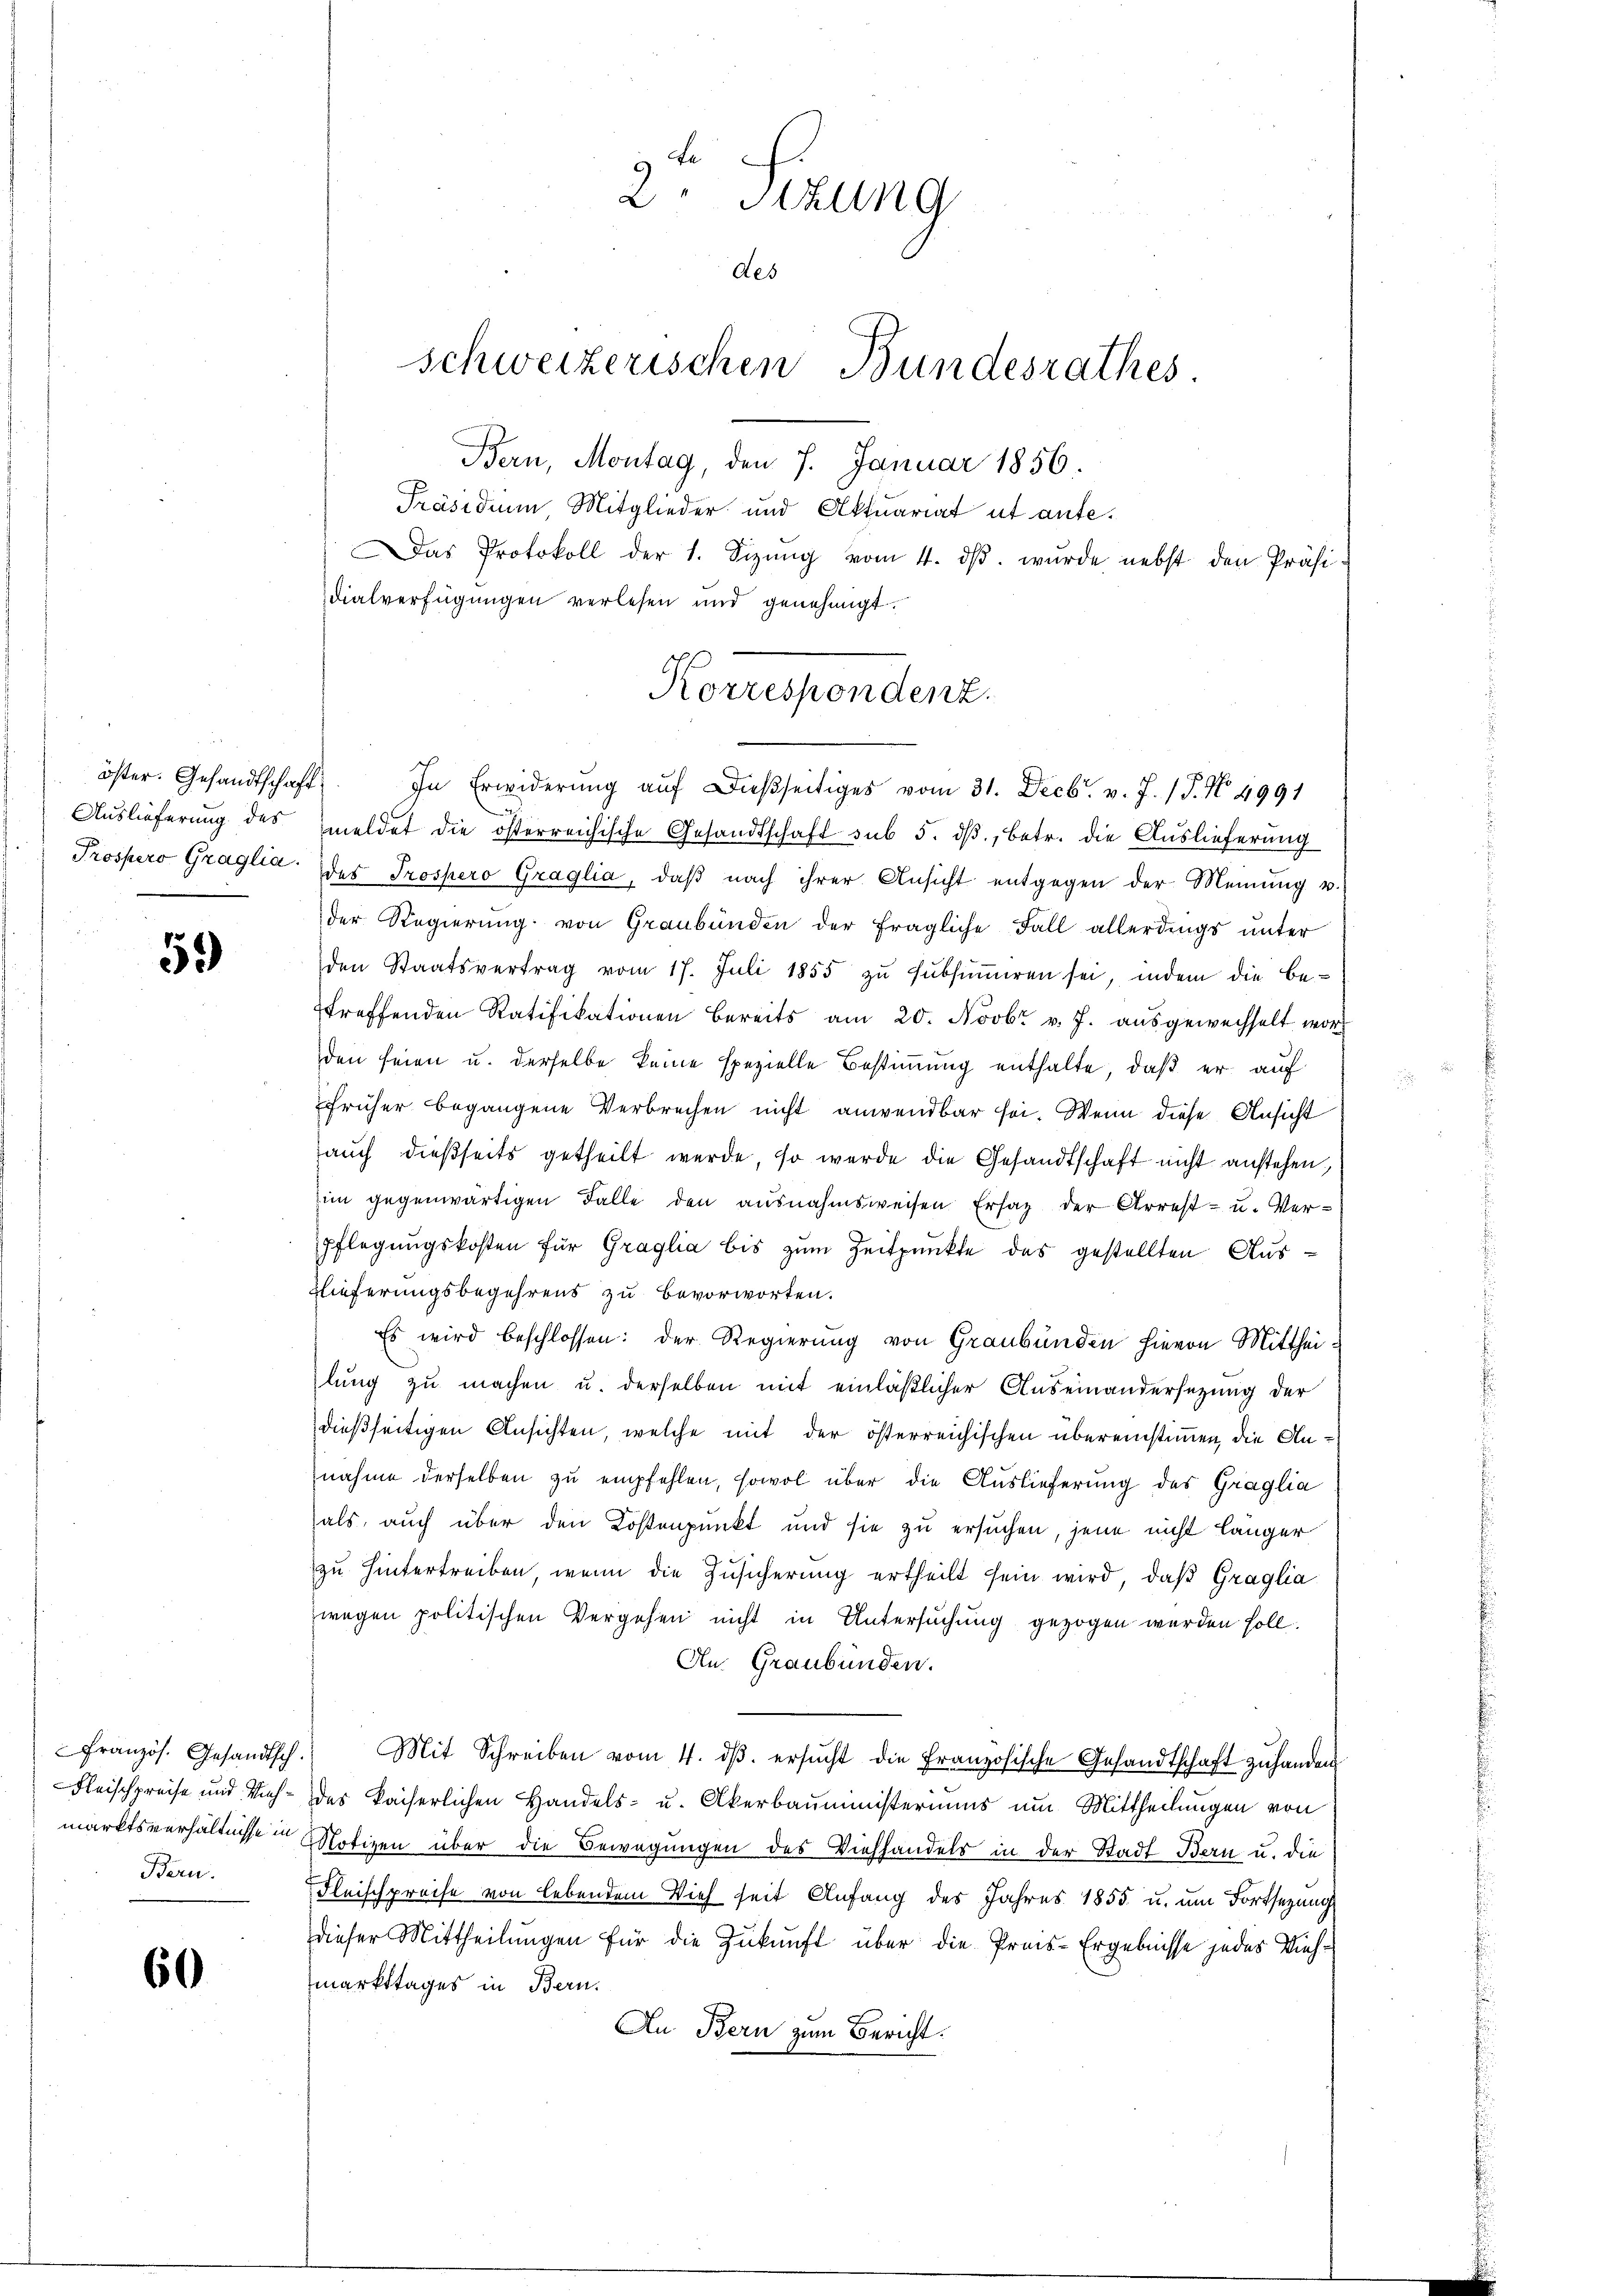
59

Bern.

60

Bern, Montag, den 7. Januar 1856.
Präsidium, Mitglieder und Aktuariat ut ante¬
Das Protokoll der 1. Sizŭng vom 4. dβ. wurde nebst den Präsi-
dialverfügungen verlesen und genehmigt.
Auslieferung des meldet die österreichische Gesandtschaft sub 5. dβ, betr. die Auslieferung
Prospero Graglia des Prospero Graglia, daβ nach ihrer Ansicht entgegen der Meinung v.
der Regierŭng von Graubünden der fragliche Fall allerdings unter
den Staatsvertrag vom 17. Juli 1855 zŭ sŭbsŭṁiren sei, indem die be-
treffenden Ratifikationen bereits am 20. Novbr v. J. aŭsgewechselt wor
den seien u. derselbe keine spezielle Bestimmung enthalte, daß er auf
früher begangene Verbrechen nicht anwendbar sei. Wenn diese Ansicht
auch dießseits getheilt werde, so werde die Gesandtschaft nicht anstehen,
im gegenwärtigen Falle den ausnahmsweisen Ersatz der Arrest- u. Ver-
pflegungskosten für Graglia bis zum Zeitpunkte des gestellten Aus¬
Elieferungsbegehrens zu Bevorworten.
Es wird beschlossen: der Regierung von Graubünden hievon Mittheilung zu machen u. derselben mit einläßlicher Auseinandersezung der
dießseitigen Ansichten, welche mit der österreichischen übereinstimmen, die Annahme derselben zu empfehlen, sowol über die Auslieferung des Graglia
als, auch über den Kostenpunkt und sie zu ersuchen, jene nicht länger
zu hintertreiben, wenn die Zusicherung ertheilt sein wird, daß Graglia
zwegen politischen Vergehen nicht in Untersuchung gezogen werden soll.
An Graubünden.
Französ. Gesandtsch. Mit Schreiben vom 4. dβ. ersŭcht die Französische Gesandtschaft zŭ handen
Fleischpreise und Vieh- des kaiserlichen Handels- u. Akerbauministeriums um Mittheilungen von
marktsverhältnisse Notizen über die Bewegungen des Viehhandels in der Stadt Bern u. die
Fleischpreise von lebendem Vieh seit Anfang des Jahres 1855 u. um Fortsezung
dieser Mittheilungen für die Zukunft über die Preis-Ergebnisse jedes Viehmarkttages in Bern.
An Bern zum Bericht.

2. Sizung
des
schweizerischen Bundesrathes.

Korrespendenz.
öster. Gesandtschaft. In Erwiderŭng aŭf dießseitiges vom 31. Decbr. v. J. (T. N. 4991